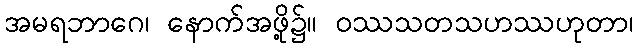
အမရဘာဂေ၊ နောက်အဖို့၌။ ဝဿသတသဟဿဟုတာ၊